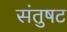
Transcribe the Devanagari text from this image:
संतुषट